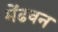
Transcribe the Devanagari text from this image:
मेंढवन